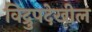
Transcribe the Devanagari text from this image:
विद्रुपदेखील